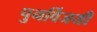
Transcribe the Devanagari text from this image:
पुनर्विजयी